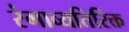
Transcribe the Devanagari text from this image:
रंगाव्यतिरिक्त